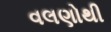
વલણોથી